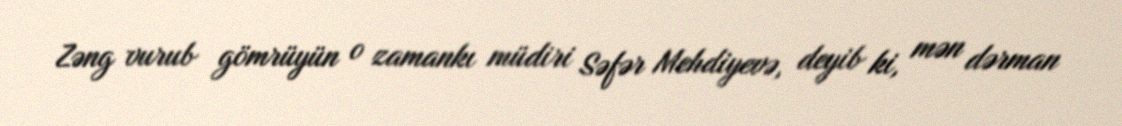
Zəng vurub gömrüyün o zamankı müdiri Səfər Mehdiyevə, deyib ki, mən dərman